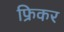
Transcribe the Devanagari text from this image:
फ्रिकर